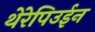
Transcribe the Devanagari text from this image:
थेरेपिउईन